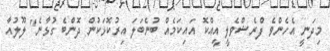
މިދަނީ އެހެންވެ ފްރެޝްވެލީ އީއްކޮ އައިކަމެއް ބުނެބަލަ އިރުކޮޅަކުން ދޮންބެ ގުޅާނެ" ލޫލުއާ